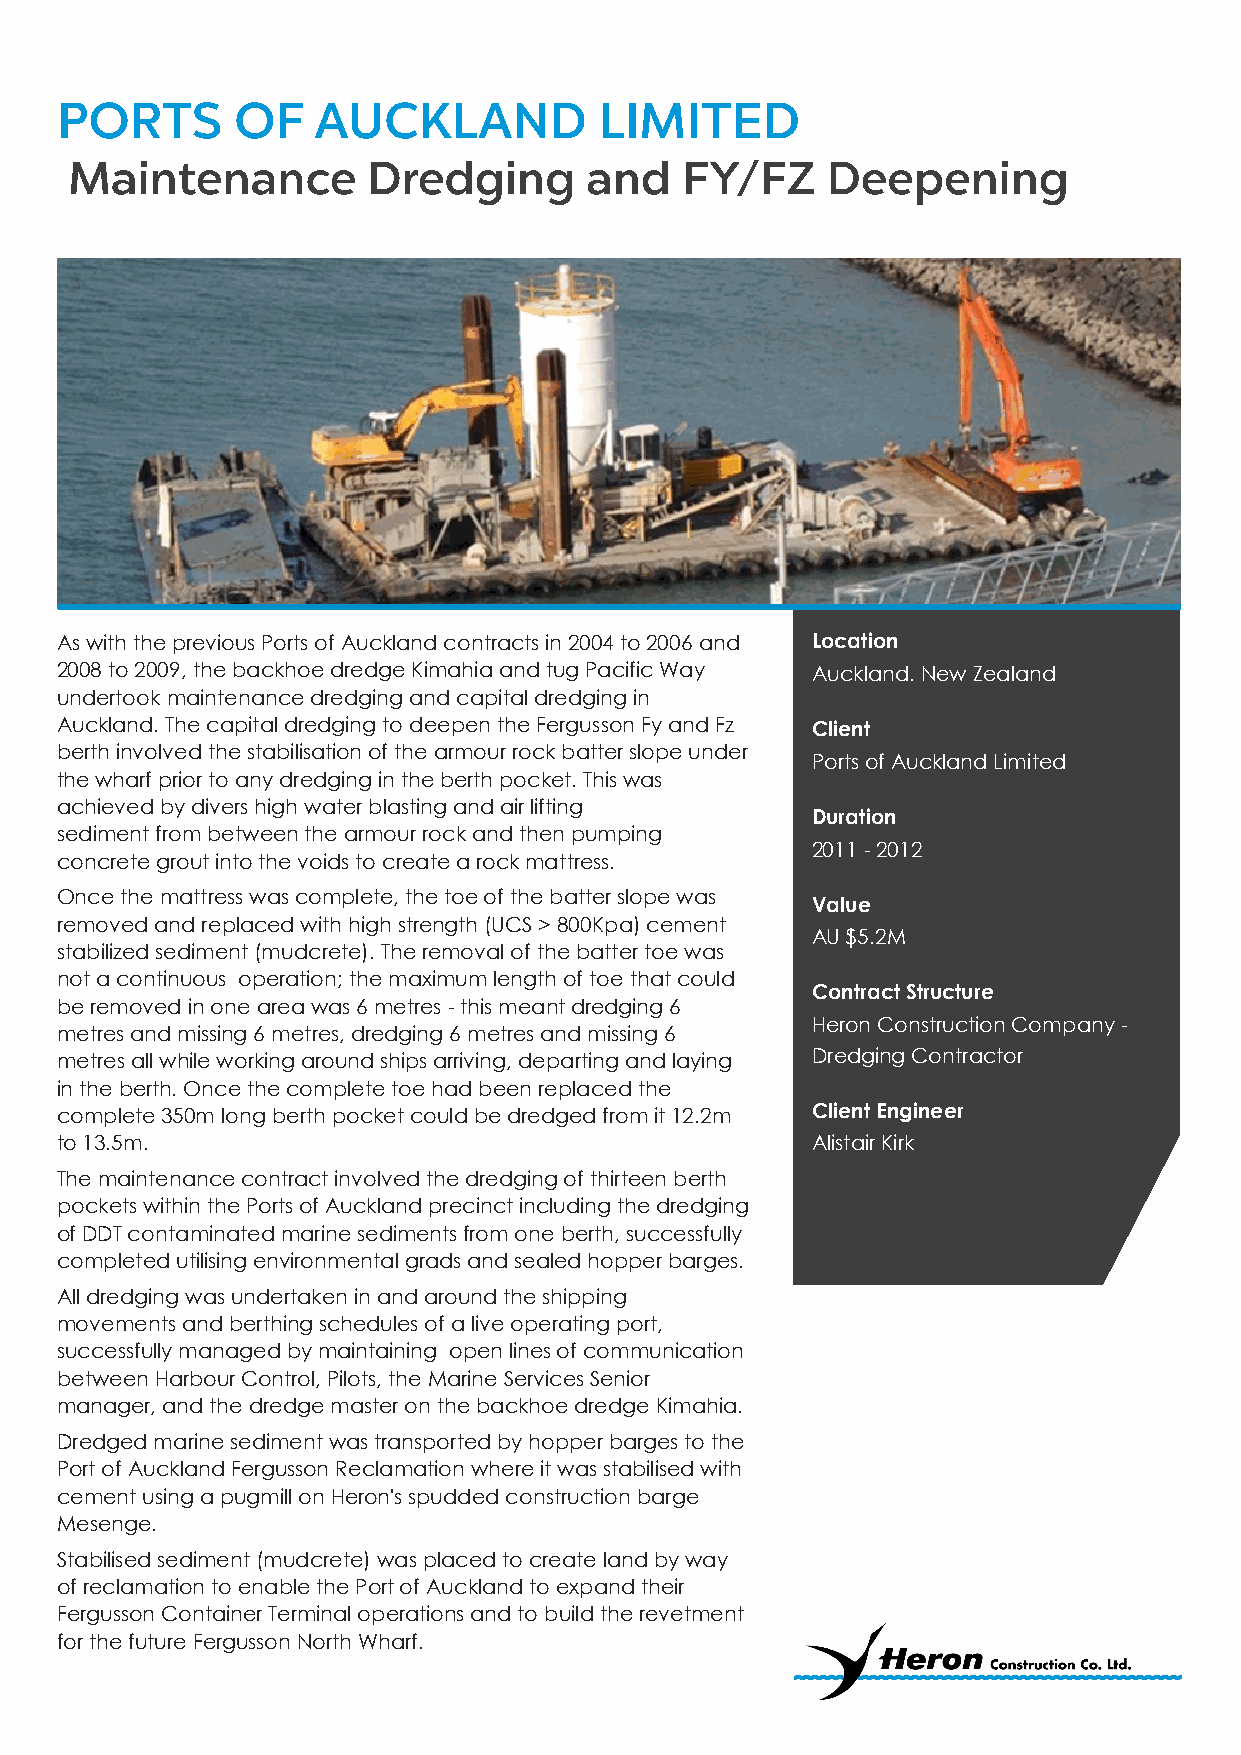
As with the previous Ports of Auckland contracts in 2004 to 2006 and Location
 2008 to 2009, the backhoe dredge Kimahia and tug Pacific Way Auckland. New Zealand
 undertook maintenance dredging and capital dredging in
 Auckland. The capital dredging to deepen the Fergusson Fy and Fz Client
 berth involved the stabilisation of the armour rock batter slope under
 Ports of Auckland Limited
 the wharf prior to any dredging in the berth pocket. This was
 achieved by divers high water blasting and air lifting
 Duration
 sediment from between the armour rock and then pumping
 2011 - 2012
 concrete grout into the voids to create a rock mattress.
 Once the mattress was complete, the toe of the batter slope was
 Value
 removed and replaced with high strength (UCS > 800Kpa) cement
 AU $5.2M
 stabilized sediment (mudcrete). The removal of the batter toe was
 not a continuous operation; the maximum length of toe that could
 Contract Structure
 be removed in one area was 6 metres - this meant dredging 6
 Heron Construction Company -
 metres and missing 6 metres, dredging 6 metres and missing 6
 metres all while working around ships arriving, departing and laying Dredging Contractor
 in the berth. Once the complete toe had been replaced the
 complete 350m long berth pocket could be dredged from it 12.2m Client Engineer
 to 13.5m.                                         Alistair Kirk
 The maintenance contract involved the dredging of thirteen berth
 pockets within the Ports of Auckland precinct including the dredging
 of DDT contaminated marine sediments from one berth, successfully
 completed utilising environmental grads and sealed hopper barges.
 All dredging was undertaken in and around the shipping
 movements and berthing schedules of a live operating port,
 successfully managed by maintaining open lines of communication
 between Harbour Control, Pilots, the Marine Services Senior
 manager, and the dredge master on the backhoe dredge Kimahia.
 Dredged marine sediment was transported by hopper barges to the
 Port of Auckland Fergusson Reclamation where it was stabilised with
 cement using a pugmill on Heron's spudded construction barge
 Mesenge.
 Stabilised sediment (mudcrete) was placed to create land by way
 of reclamation to enable the Port of Auckland to expand their
 Fergusson Container Terminal operations and to build the revetment
 for the future Fergusson North Wharf.